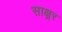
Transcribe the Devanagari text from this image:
साक्ष्रर